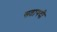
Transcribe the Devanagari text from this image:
सतापदी